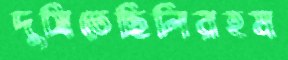
দুষিতেছিলিরহম